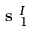
\textbf { s } _ { 1 } ^ { I }